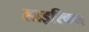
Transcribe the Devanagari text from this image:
लाइरिकल